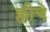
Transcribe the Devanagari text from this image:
क्लीचे